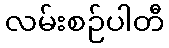
လမ်းစဉ်ပါတီ